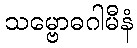
သမ္ဗောဓဂါမီနံ